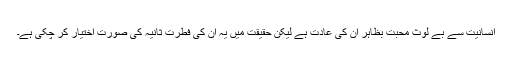
انسانیت سے بے لوث محبت بظاہر ان کی عادت ہے لیکن حقیقت میں یہ ان کی فطرت ثانیہ کی صورت اختیار کر چکی ہے۔